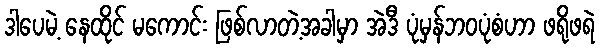
ဒါပေမဲ့ နေထိုင် မကောင်း ဖြစ်လာတဲ့အခါမှာ အဲဒီ ပုံမှန်ဘဝပုံစံဟာ ဖရိုဖရဲ